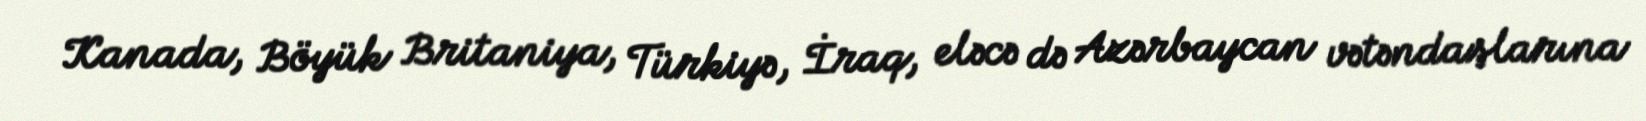
Kanada, Böyük Britaniya, Türkiyə, İraq, eləcə də Azərbaycan vətəndaşlarına